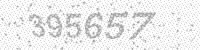
Solution: 395657